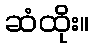
ဆံထိုး။